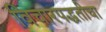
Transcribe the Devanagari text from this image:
विचारपद्धतीचा